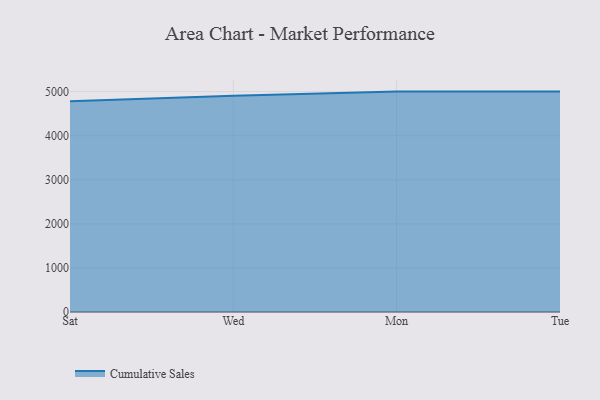
{"axis": {"x": "Day", "y": "Production Output"}, "legend": ["Cumulative Sales"], "data": [{"x": "Sat", "y": 4779.7, "type": "Cumulative Sales"}, {"x": "Wed", "y": 4907.0, "type": "Cumulative Sales"}, {"x": "Mon", "y": 5000, "type": "Cumulative Sales"}, {"x": "Tue", "y": 5000, "type": "Cumulative Sales"}]}